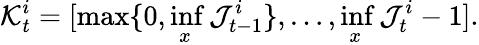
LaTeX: \mathcal{K}_{t}^{i}=[\operatorname*{max}\{ 0,\operatorname*{inf}_{x}\mathcal{J}_{t-1}^{i}\} ,\ldots,\operatorname*{inf}_{x}\mathcal{J}_{t}^{i}-1].